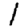
Digit: 1